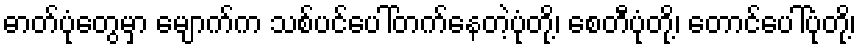
ဓာတ်ပုံတွေမှာ မျောက်က သစ်ပင်ပေါ်တက်နေတဲ့ပုံတို့၊ စေတီပုံတို့၊ တောင်ပေါ်ပုံတို့၊